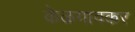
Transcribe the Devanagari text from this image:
केळगावकर